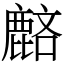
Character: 𪊺